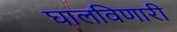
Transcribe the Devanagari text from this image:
घालविणारी